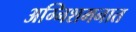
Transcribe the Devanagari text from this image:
अग्निशमनात